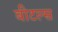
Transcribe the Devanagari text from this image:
बीटल्‍स